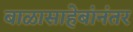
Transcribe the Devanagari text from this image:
बाळासाहेबांनंतर